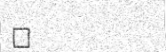
٩